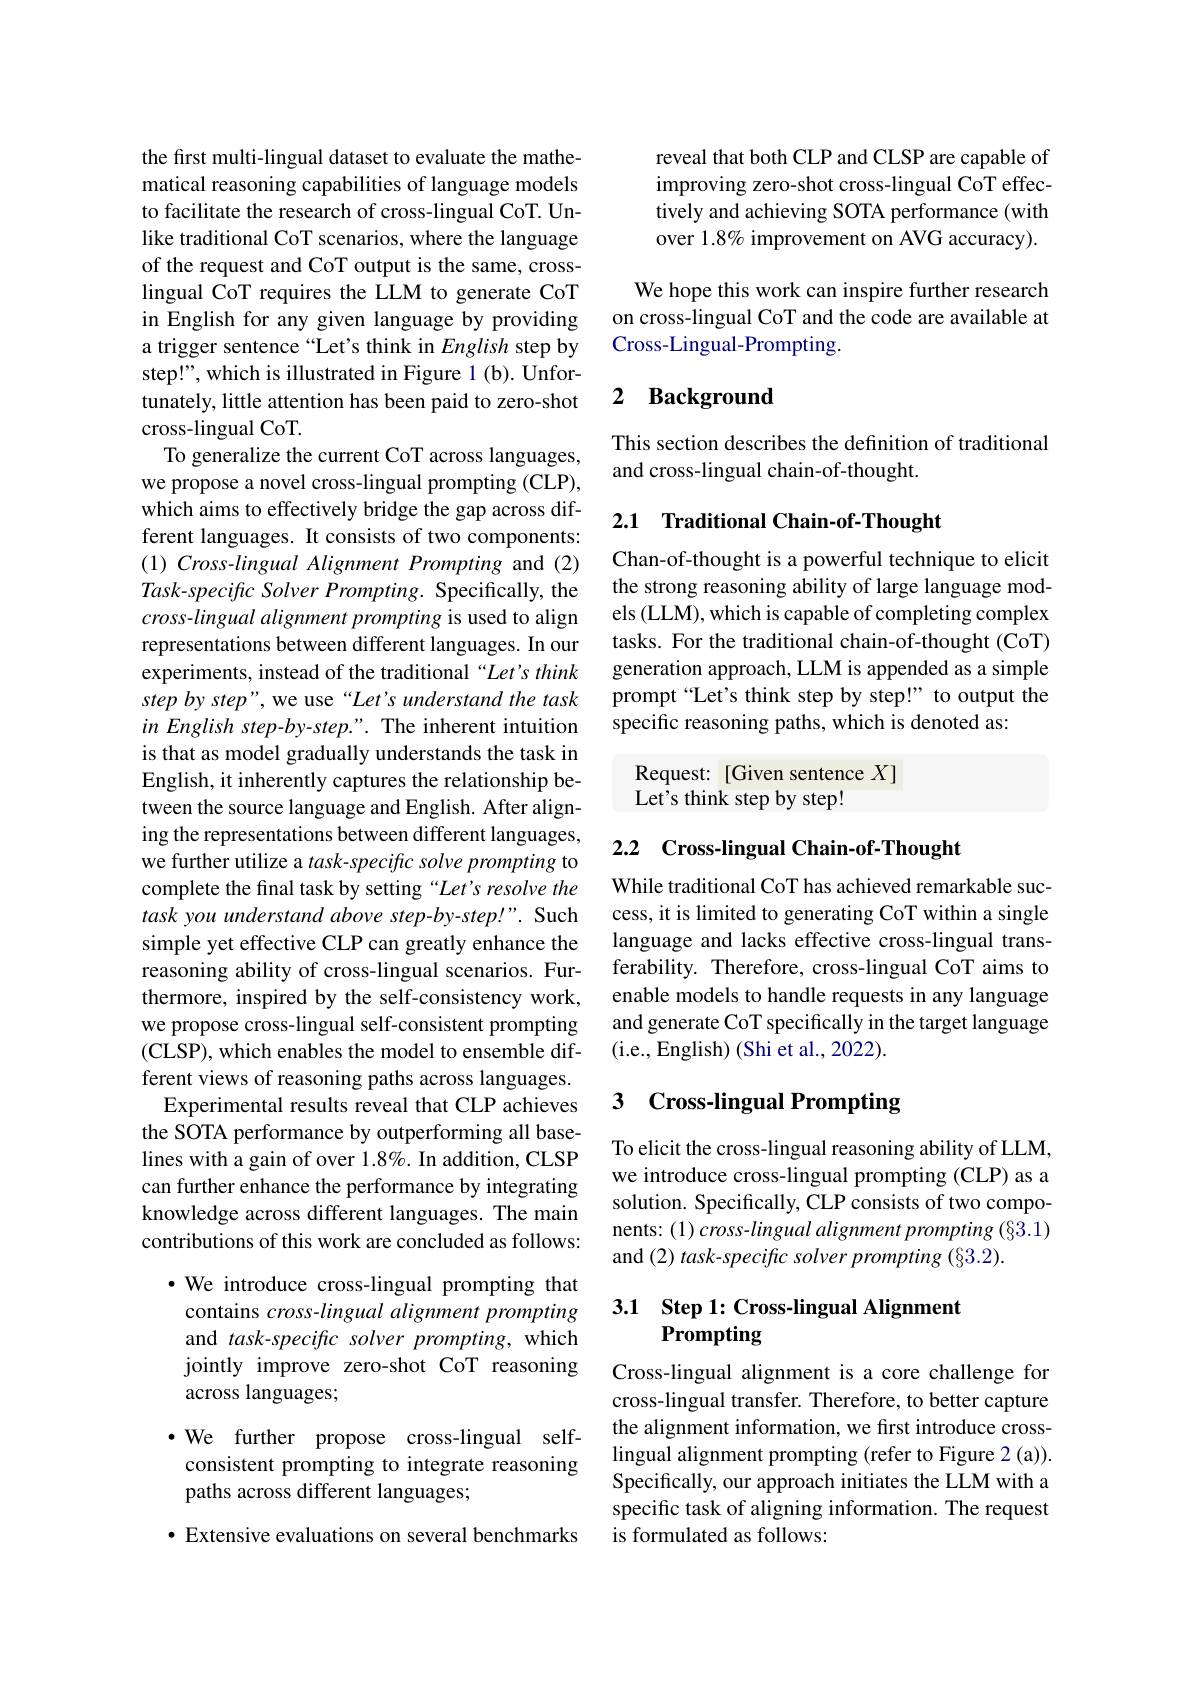
the first multi-lingual dataset to evaluate the mathematical reasoning capabilities of language models to facilitate the research of cross-lingual CoT. Unlike traditional CoT scenarios, where the language of the request and CoT output is the same, crosslingual CoT requires the LLM to generate CoT in English for any given language by providing a trigger sentence “Let's think in English step by step!", which is illustrated in Figure 1 (b). Unfortunately, little attention has been paid to zero-shot cross-lingual CoT.
To generalize the current CoT across languages, we propose a novel cross-lingual prompting (CLP), which aims to effectively bridge the gap across different languages. It consists of two components: (1) Cross-lingual Alignment Prompting and (2) Task-specific Solver Prompting. Specifically, the $cross- lingual\textit{alignment prompting is used to align}$ representations between different languages. In our experiments, instead of the traditional “Let's think step by step", we use “Let's understand the task in English step-by-step.". The inherent intuition is that as model gradually understands the task in English, it inherently captures the relationship between the source language and English. After aligning the representations between different languages, we further utilize a task-specific solve prompting to complete the final task by setting “Let's resolve the task you understand above step-by-step!". Such simple yet effective CLP can greatly enhance the reasoning ability of cross-lingual scenarios. Furthermore, inspired by the self-consistency work, we propose cross-lingual self-consistent prompting (CLSP), which enables the model to ensemble different views of reasoning paths across languages.
Experimental results reveal that CLP achieves the SOTA performance by outperforming all baselines with a gain of over 1.8%. In addition, CLSP can further enhance the performance by integrating knowledge across different languages. The main contributions of this work are concluded as follows:
$\cdot$ We introduce cross-lingual prompting that contains cross-lingual alignment prompting and task-specific solver prompting, which

jointly improve zero-shot CoT reasoning
across languages;

# $\cdot$We further propose cross-lingual selfconsistent prompting to integrate reasoning paths across different languages;

· Extensive evaluations on several benchmarks

reveal that both CLP and CLSP are capable of improving zero-shot cross-lingual CoT effectively and achieving SOTA performance (with over 1.8% improvement on AVG accuracy).

We hope this work can inspire further research on cross-lingual CoT and the code are available at Cross-Lingual-Prompting.

## 2 Background

This section describes the definition of traditional
and cross-lingual chain-of-thought.

## 2.1 Traditional Chain-of-Thought

Chan-of-thought is a powerful technique to elicit the strong reasoning ability of large language models (LLM), which is capable of completing complex tasks. For the traditional chain-of-thought (CoT) generation approach, LLM is appended as a simple prompt“Let’s think step by step!” to output the specific reasoning paths, which is denoted as:

Request: [Given sentence $X]$
Let's think step by step!

## 2.2 Cross-lingual Chain-of-Thought

While traditional CoT has achieved remarkable success, it is limited to generating CoT within a single language and lacks effective cross-lingual transferability. Therefore, cross-lingual CoT aims to enable models to handle requests in any language and generate CoT specifically in the target language (i.e., English) (Shi et al., 2022).

# 3 Cross-lingual Prompting

To elicit the cross-lingual reasoning ability of LLM, we introduce cross-lingual prompting (CLP) as a solution. Specifically, CLP consists of two components: (1) cross-lingual alignment prompting (§3.1) and (2) task-specific solver prompting (§3.2).

## 3.1 Step 1: Cross-lingual Alignment Prompting

Cross-lingual alignment is a core challenge for cross-lingual transfer. Therefore, to better capture the alignment information, we first introduce crosslingual alignment prompting (refer to Figure 2 (a)). Specifically, our approach initiates the LLM with a specific task of aligning information. The request is formulated as follows: